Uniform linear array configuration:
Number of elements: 32
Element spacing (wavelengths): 0.75
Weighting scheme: blackman
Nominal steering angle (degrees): -30
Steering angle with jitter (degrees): -30.327
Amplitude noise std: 0.05
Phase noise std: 0.05

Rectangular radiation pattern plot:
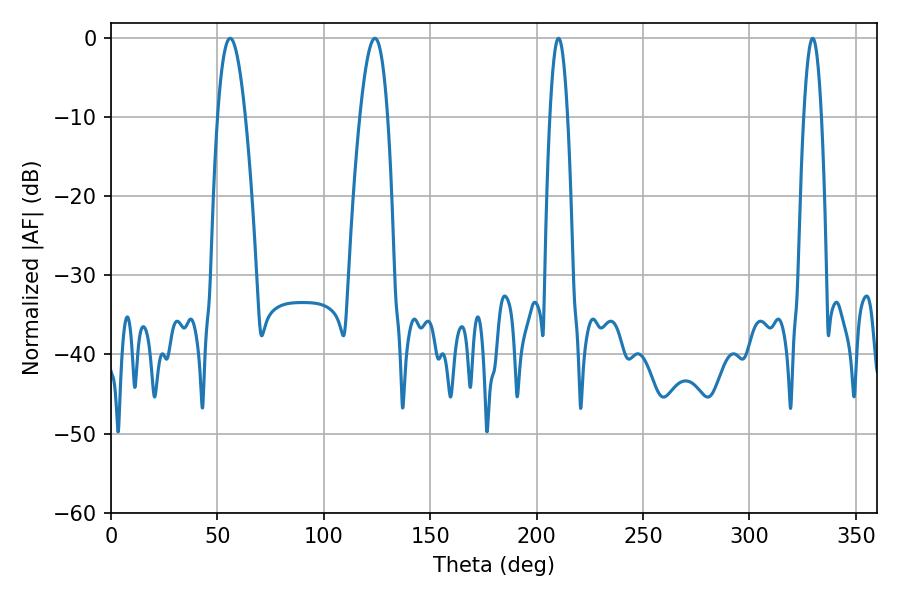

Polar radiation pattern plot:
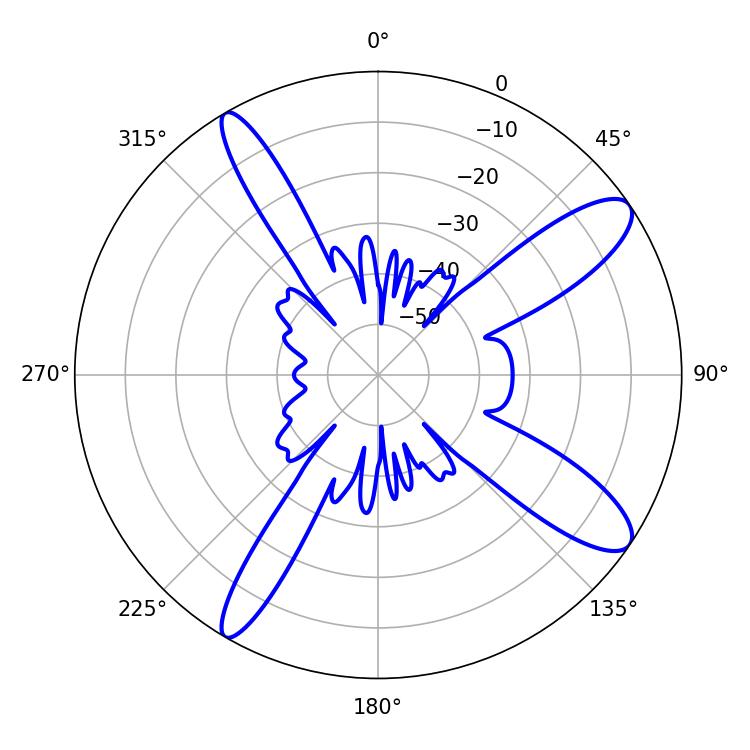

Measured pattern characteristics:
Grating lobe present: TRUE
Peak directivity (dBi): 11.642
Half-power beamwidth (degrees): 7.2
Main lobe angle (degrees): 55.98